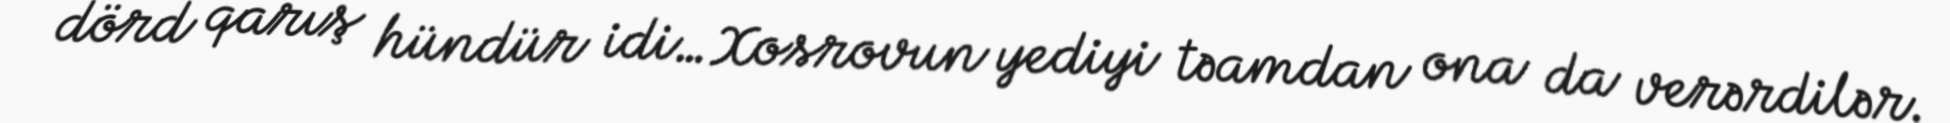
dörd qarış hündür idi…Xosrovun yediyi təamdan ona da verərdilər.